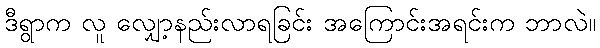
ဒီရွာက လူ လျှော့နည်းလာရခြင်း အကြောင်းအရင်းက ဘာလဲ။